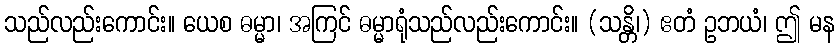
သည်လည်းကောင်း။ ယေစ ဓမ္မာ၊ အကြင် ဓမ္မာရုံသည်လည်းကောင်း။ (သန္တိ၊) ဧတံ ဥဘယံ၊ ဤ မန